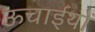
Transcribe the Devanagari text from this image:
ऊचाईयों